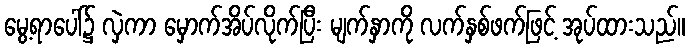
မွေ့ရာပေါ်၌ လှဲကာ မှောက်အိပ်လိုက်ပြီး မျက်နှာကို လက်နှစ်ဖက်ဖြင့် အုပ်ထားသည်။